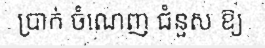
ប្រាក់ ចំណេញ ជំនួស ឱ្យ